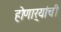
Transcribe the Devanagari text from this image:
होणार्‍यांची